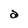
Character: a